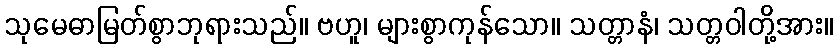
သုမေဓာမြတ်စွာဘုရားသည်။ ဗဟူ၊ များစွာကုန်သော။ သတ္တာနံ၊ သတ္တဝါတို့အား။